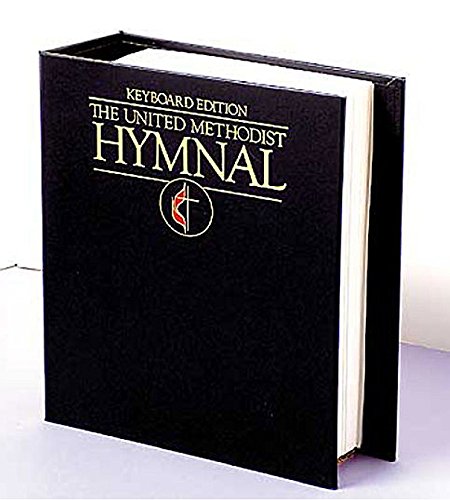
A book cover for The United Methodist Hymnal, Keyboard Edition; Christian Books & Bibles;